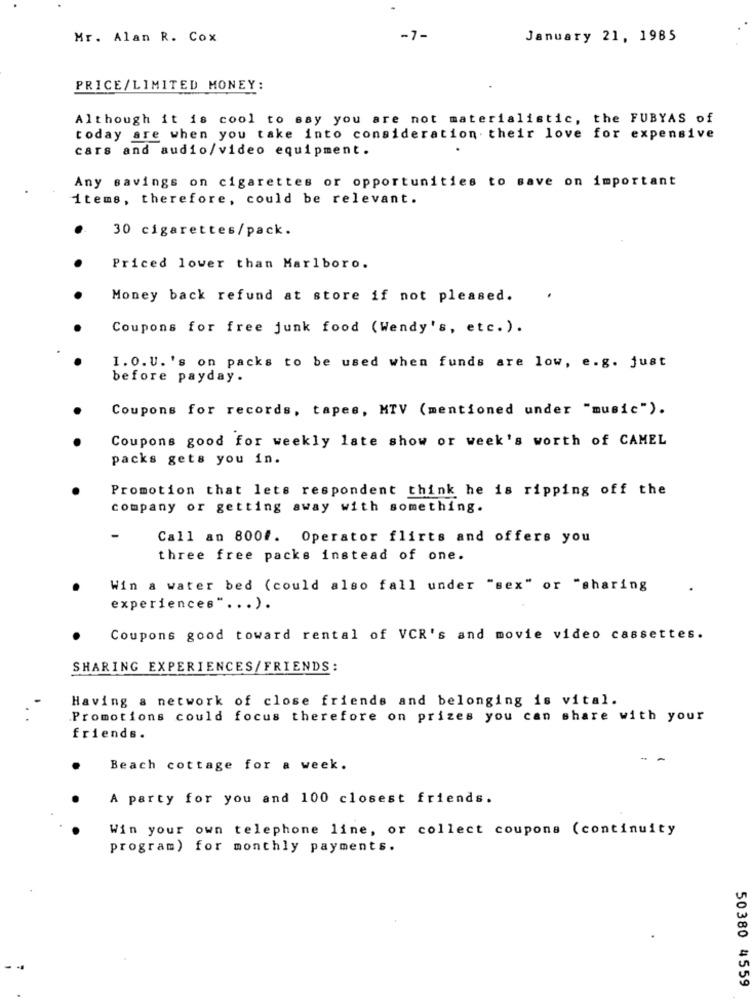
Mr. Alan R. Cox
-7-
January 21, 1985
PRICE/LIMITED MONEY:
Although it is cool to say you are not materialistic, the FUBYAS of
today are when you take into consideration. their love for expensive
cars and audio/video equipment.
.
Any savings on cigarettes or opportunities to save on important
items, therefore, could be relevant.
30 cigarettes/pack.
Priced lower than Marlboro.
Money back refund at store if not pleased.
Coupons for free junk food (Wendy's, etc. ).
1.0. U. 's on packs to be used when funds are low, e.g. just
before payday.
Coupons for records, tapes, MTV (mentioned under "music").
Coupons good for weekly late show or week's worth of CAMEL
packs gets you in.
Promotion that lets respondent think he is ripping off the
company or getting away with something.
Call an 800#. Operator flirts and offers you
three free packs instead of one.
Win a water bed (could also fall under "sex" or "sharing
experiences". .. ).
Coupons good toward rental of VCR's and movie video cassettes.
SHARING EXPERIENCES/FRIENDS:
Having a network of close friends and belonging is vital.
Promotions could focus therefore on prizes you can share with your
friends.
- -
Beach cottage for a week.
A party for you and 100 closest friends.
Win your own telephone line, or collect coupons (continuity
program) for monthly payments.
50380 4559